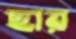
ছার